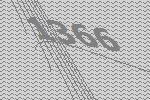
1366